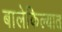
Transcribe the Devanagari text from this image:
बालेकिल्यात